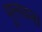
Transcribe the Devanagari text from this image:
मूलधन।